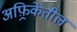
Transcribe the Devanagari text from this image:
अफ़्रिकेतील